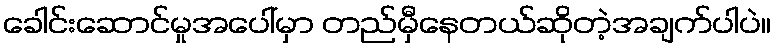
ခေါင်းဆောင်မှုအပေါ်မှာ တည်မှီနေတယ်ဆိုတဲ့အချက်ပါပဲ။